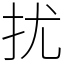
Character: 扰